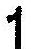
1